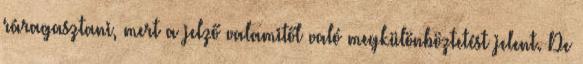
ráragasztani, mert a jelző valamitől való megkülönböztetést jelent. De